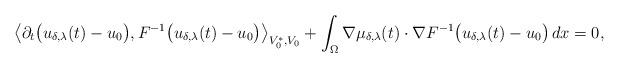
LaTeX: \begin{align*}\bigl \langle \partial_t \bigl(u_{\delta,\lambda}(t)-u_0 \bigr), F^{-1} \bigl(u_{\delta,\lambda}(t)-u_0 \bigr) \bigr\rangle_{V_0^*,V_0}+ \int_\Omega \nabla \mu_{\delta,\lambda}(t) \cdot \nabla F^{-1} \bigl( u_{\delta,\lambda}(t)-u_0 \bigr)\,dx =0,\end{align*}